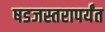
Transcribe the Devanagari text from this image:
षडजस्तरापर्यंत